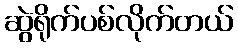
ဆွဲရိုက်ပစ်လိုက်တယ်